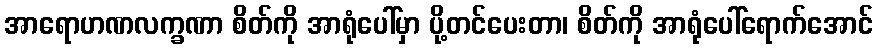
အာရောဟဏလက္ခဏာ စိတ်ကို အာရုံပေါ်မှာ ပို့တင်ပေးတာ၊ စိတ်ကို အာရုံပေါ်ရောက်အောင်